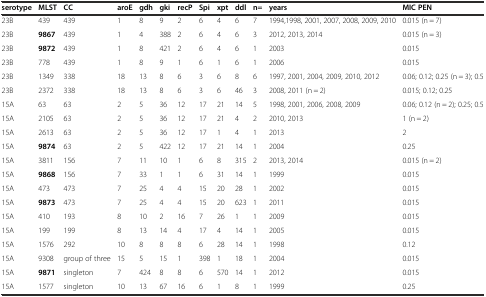
<table><thead><tr><td><b>serotype</b></td><td><b>MLST</b></td><td><b>CC</b></td><td><b>aroE</b></td><td><b>gdh</b></td><td><b>gki</b></td><td><b>recP</b></td><td><b>Spi</b></td><td><b>xpt</b></td><td><b>ddl</b></td><td><b>n=</b></td><td><b>years</b></td><td><b>MIC PEN</b></td></tr></thead><tbody><tr><td>23B</td><td>439</td><td>439</td><td>1</td><td>8</td><td>9</td><td>2</td><td>6</td><td>4</td><td>6</td><td>7</td><td>1994,1998, 2001, 2007, 2008, 2009, 2010</td><td>0.015 (n = 7)</td></tr><tr><td>23B</td><td><b>9867</b></td><td>439</td><td>1</td><td>4</td><td>388</td><td>2</td><td>6</td><td>4</td><td>6</td><td>3</td><td>2012, 2013, 2014</td><td>0.015 (n = 3)</td></tr><tr><td>23B</td><td><b>9872</b></td><td>439</td><td>1</td><td>8</td><td>421</td><td>2</td><td>6</td><td>4</td><td>6</td><td>1</td><td>2003</td><td>0.015</td></tr><tr><td>23B</td><td>778</td><td>439</td><td>1</td><td>8</td><td>9</td><td>1</td><td>6</td><td>1</td><td>6</td><td>1</td><td>2006</td><td>0.015</td></tr><tr><td>23B</td><td>1349</td><td>338</td><td>18</td><td>13</td><td>8</td><td>6</td><td>3</td><td>6</td><td>8</td><td>6</td><td>1997, 2001, 2004, 2009, 2010, 2012</td><td>0.06; 0.12; 0.25 (n = 3); 0.5</td></tr><tr><td>23B</td><td>2372</td><td>338</td><td>18</td><td>13</td><td>8</td><td>6</td><td>3</td><td>6</td><td>46</td><td>3</td><td>2008, 2011 (n = 2)</td><td>0.015; 0.12; 0.25</td></tr><tr><td>15A</td><td>63</td><td>63</td><td>2</td><td>5</td><td>36</td><td>12</td><td>17</td><td>21</td><td>14</td><td>5</td><td>1998, 2001, 2006, 2008, 2009</td><td>0.06; 0.12 (n = 2); 0.25; 0.5</td></tr><tr><td>15A</td><td>2105</td><td>63</td><td>2</td><td>5</td><td>36</td><td>12</td><td>17</td><td>21</td><td>4</td><td>2</td><td>2010, 2013</td><td>1 (n = 2)</td></tr><tr><td>15A</td><td>2613</td><td>63</td><td>2</td><td>5</td><td>36</td><td>12</td><td>17</td><td>1</td><td>4</td><td>1</td><td>2013</td><td>2</td></tr><tr><td>15A</td><td><b>9874</b></td><td>63</td><td>2</td><td>5</td><td>422</td><td>12</td><td>17</td><td>21</td><td>14</td><td>1</td><td>2004</td><td>0.25</td></tr><tr><td>15A</td><td>3811</td><td>156</td><td>7</td><td>11</td><td>10</td><td>1</td><td>6</td><td>8</td><td>315</td><td>2</td><td>2013, 2014</td><td>0.015 (n = 2)</td></tr><tr><td>15A</td><td><b>9868</b></td><td>156</td><td>7</td><td>33</td><td>1</td><td>1</td><td>6</td><td>31</td><td>14</td><td>1</td><td>1999</td><td>0.015</td></tr><tr><td>15A</td><td>473</td><td>473</td><td>7</td><td>25</td><td>4</td><td>4</td><td>15</td><td>20</td><td>28</td><td>1</td><td>2002</td><td>0.015</td></tr><tr><td>15A</td><td><b>9873</b></td><td>473</td><td>7</td><td>25</td><td>4</td><td>4</td><td>15</td><td>20</td><td>623</td><td>1</td><td>2011</td><td>0.015</td></tr><tr><td>15A</td><td>410</td><td>193</td><td>8</td><td>10</td><td>2</td><td>16</td><td>7</td><td>26</td><td>1</td><td>1</td><td>2009</td><td>0.015</td></tr><tr><td>15A</td><td>199</td><td>199</td><td>8</td><td>13</td><td>14</td><td>4</td><td>17</td><td>4</td><td>14</td><td>1</td><td>2005</td><td>0.015</td></tr><tr><td>15A</td><td>1576</td><td>292</td><td>10</td><td>8</td><td>8</td><td>8</td><td>6</td><td>28</td><td>14</td><td>1</td><td>1998</td><td>0.12</td></tr><tr><td>15A</td><td>9308</td><td>group of three</td><td>15</td><td>5</td><td>15</td><td>1</td><td>398</td><td>1</td><td>18</td><td>1</td><td>2004</td><td>0.015</td></tr><tr><td>15A</td><td><b>9871</b></td><td>singleton</td><td>7</td><td>424</td><td>8</td><td>8</td><td>6</td><td>570</td><td>14</td><td>1</td><td>2012</td><td>0.015</td></tr><tr><td>15A</td><td>1577</td><td>singleton</td><td>10</td><td>13</td><td>67</td><td>16</td><td>6</td><td>1</td><td>8</td><td>1</td><td>1999</td><td>0.25</td></tr></tbody></table>